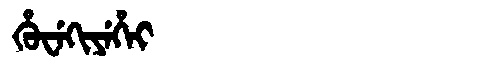
Manchu: ᡥᡠᠸᡝᡴᡳᠶᡝᡥᡝᡳ
Romanization: HUWEKIYEHEI